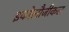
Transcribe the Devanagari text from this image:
इकोलौजीकल